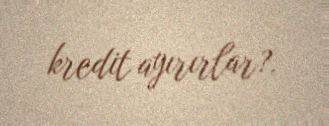
kredit ayırırlar?.